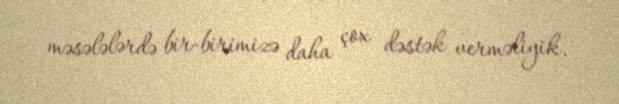
məsələlərdə bir-birimizə daha çox dəstək verməliyik.